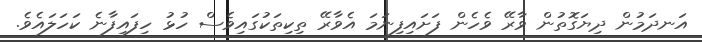
އަނދަމުން ދިޔަގޮތުން ވާރޭ ވެހެން ފަށައިފިނަމަ އެވާރޭ ތިކިތަކުގައިވެސް ހުޅު ހިފައިފާނެ ކަހަލައެވެ.